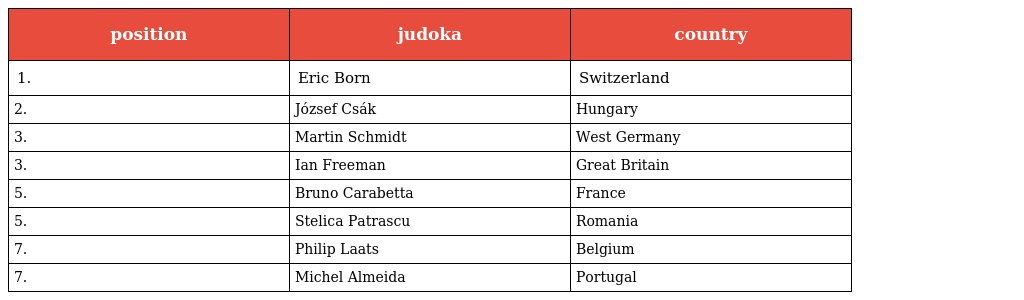
| position | judoka | country |
 | --- | --- | --- |
 | 1. | Eric Born | Switzerland |
 | 2. | József Csák | Hungary |
 | 3. | Martin Schmidt | West Germany |
 | 3. | Ian Freeman | Great Britain |
 | 5. | Bruno Carabetta | France |
 | 5. | Stelica Patrascu | Romania |
 | 7. | Philip Laats | Belgium |
 | 7. | Michel Almeida | Portugal |